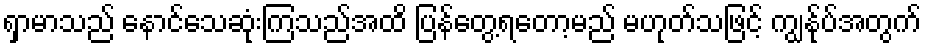
ရှာမာသည် နောင်သေဆုံးကြသည်အထိ ပြန်တွေ့ရတော့မည် မဟုတ်သဖြင့် ကျွနု်ပ်အတွက်